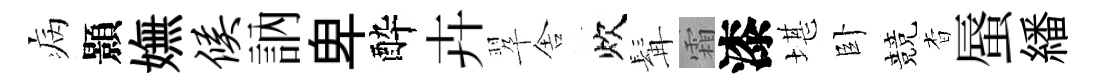
病顥嫵候訥卑酔卉翆舎炊髯霜漆堪卧競杳蜃繙